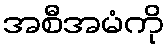
အစီအမံကို